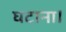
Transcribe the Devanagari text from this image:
घटाना।